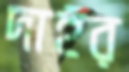
দাইর